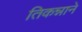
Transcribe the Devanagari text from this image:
तिकन्नाने